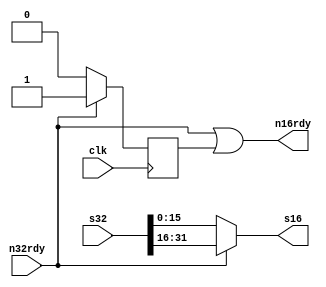
module s32s16_adapter (
	input 		  clk,
	input  [31:0] s32,
	input 		  n32rdy,
	output [15:0] s16,
	output 	     n16rdy
);

parameter OFF = 0,
			 ON  = 1;

`define H16 s32[31:16]
`define L16 s32[15:0]

reg delay_tick;		
		
always@(posedge clk)
begin
	if(n32rdy == ON)
		delay_tick = ON;
	else
		delay_tick = OFF;
end

assign n16rdy = (n32rdy == ON || delay_tick == ON); 
assign s16 = n32rdy ? `H16 : `L16;

endmodule